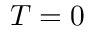
T = 0